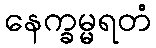
နေက္ခမ္မရတံ